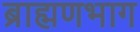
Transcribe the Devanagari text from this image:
ब्राह्मणभाग